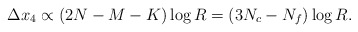
\begin{align*}\Delta x_4 \propto (2N-M-K) \log R = (3N_c-N_f) \log R.\end{align*}